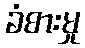
ခံစားမှု